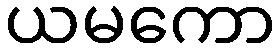
ယမကော